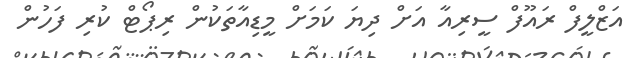
އަޒްލީފް ރައޫފް ސީރިއާ އަށް ދިޔަ ކަމަށް މީޑިއާތަކުން ރިޕޯޓް ކުރި ފަހުން